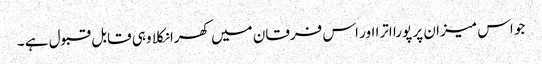
جو اس میزان پر پورا اترا اور اس فرقان میں کھرا نکلا وہی قابل قبول ہے ۔